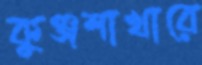
কুঞ্জশাখারে